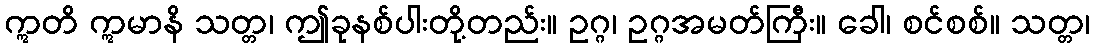
ဣတိ ဣမာနိ သတ္တ၊ ဤခုနစ်ပါးတို့တည်း။ ဥဂ္ဂ၊ ဥဂ္ဂအမတ်ကြီး။ ခေါ၊ စင်စစ်။ သတ္တ၊